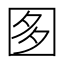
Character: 𡇘